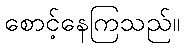
စောင့်နေကြသည်။